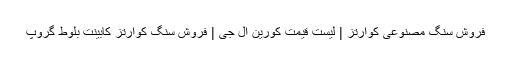
فروش سنگ مصنوعی کوارتز | لیست قیمت کورین ال جی | فروش سنگ کوارتز کابینت بلوط گروپ